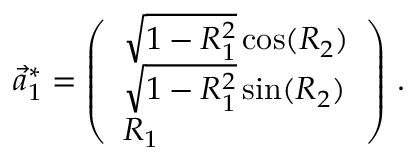
\vec { a } _ { 1 } ^ { * } = \left( \begin{array} { l } { \sqrt { 1 - R _ { 1 } ^ { 2 } } \cos ( R _ { 2 } ) } \\ { \sqrt { 1 - R _ { 1 } ^ { 2 } } \sin ( R _ { 2 } ) } \\ { R _ { 1 } } \end{array} \right) \, .